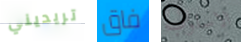
تريديني فاق الاسلوب